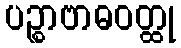
ပဉ္စာဗာဓဝတ္ထု